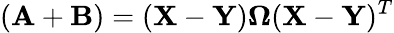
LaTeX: (\mathbf{A}+\mathbf{B})=(\mathbf{X}-\mathbf{Y})\mathbf{\Omega}(\mathbf{X}-\mathbf{Y})^{T}